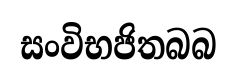
සංවිභජිතබබ